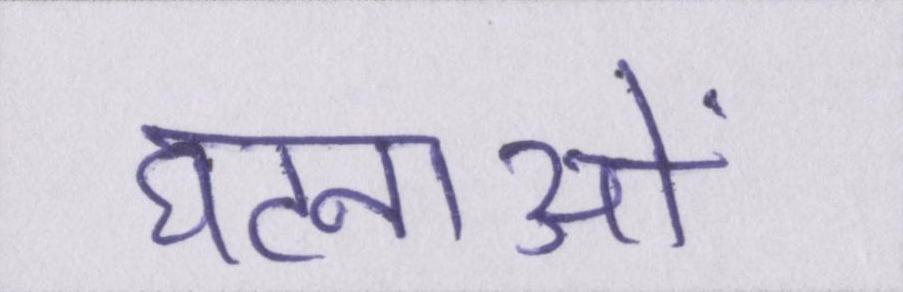
घटनाओं